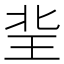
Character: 𤤘